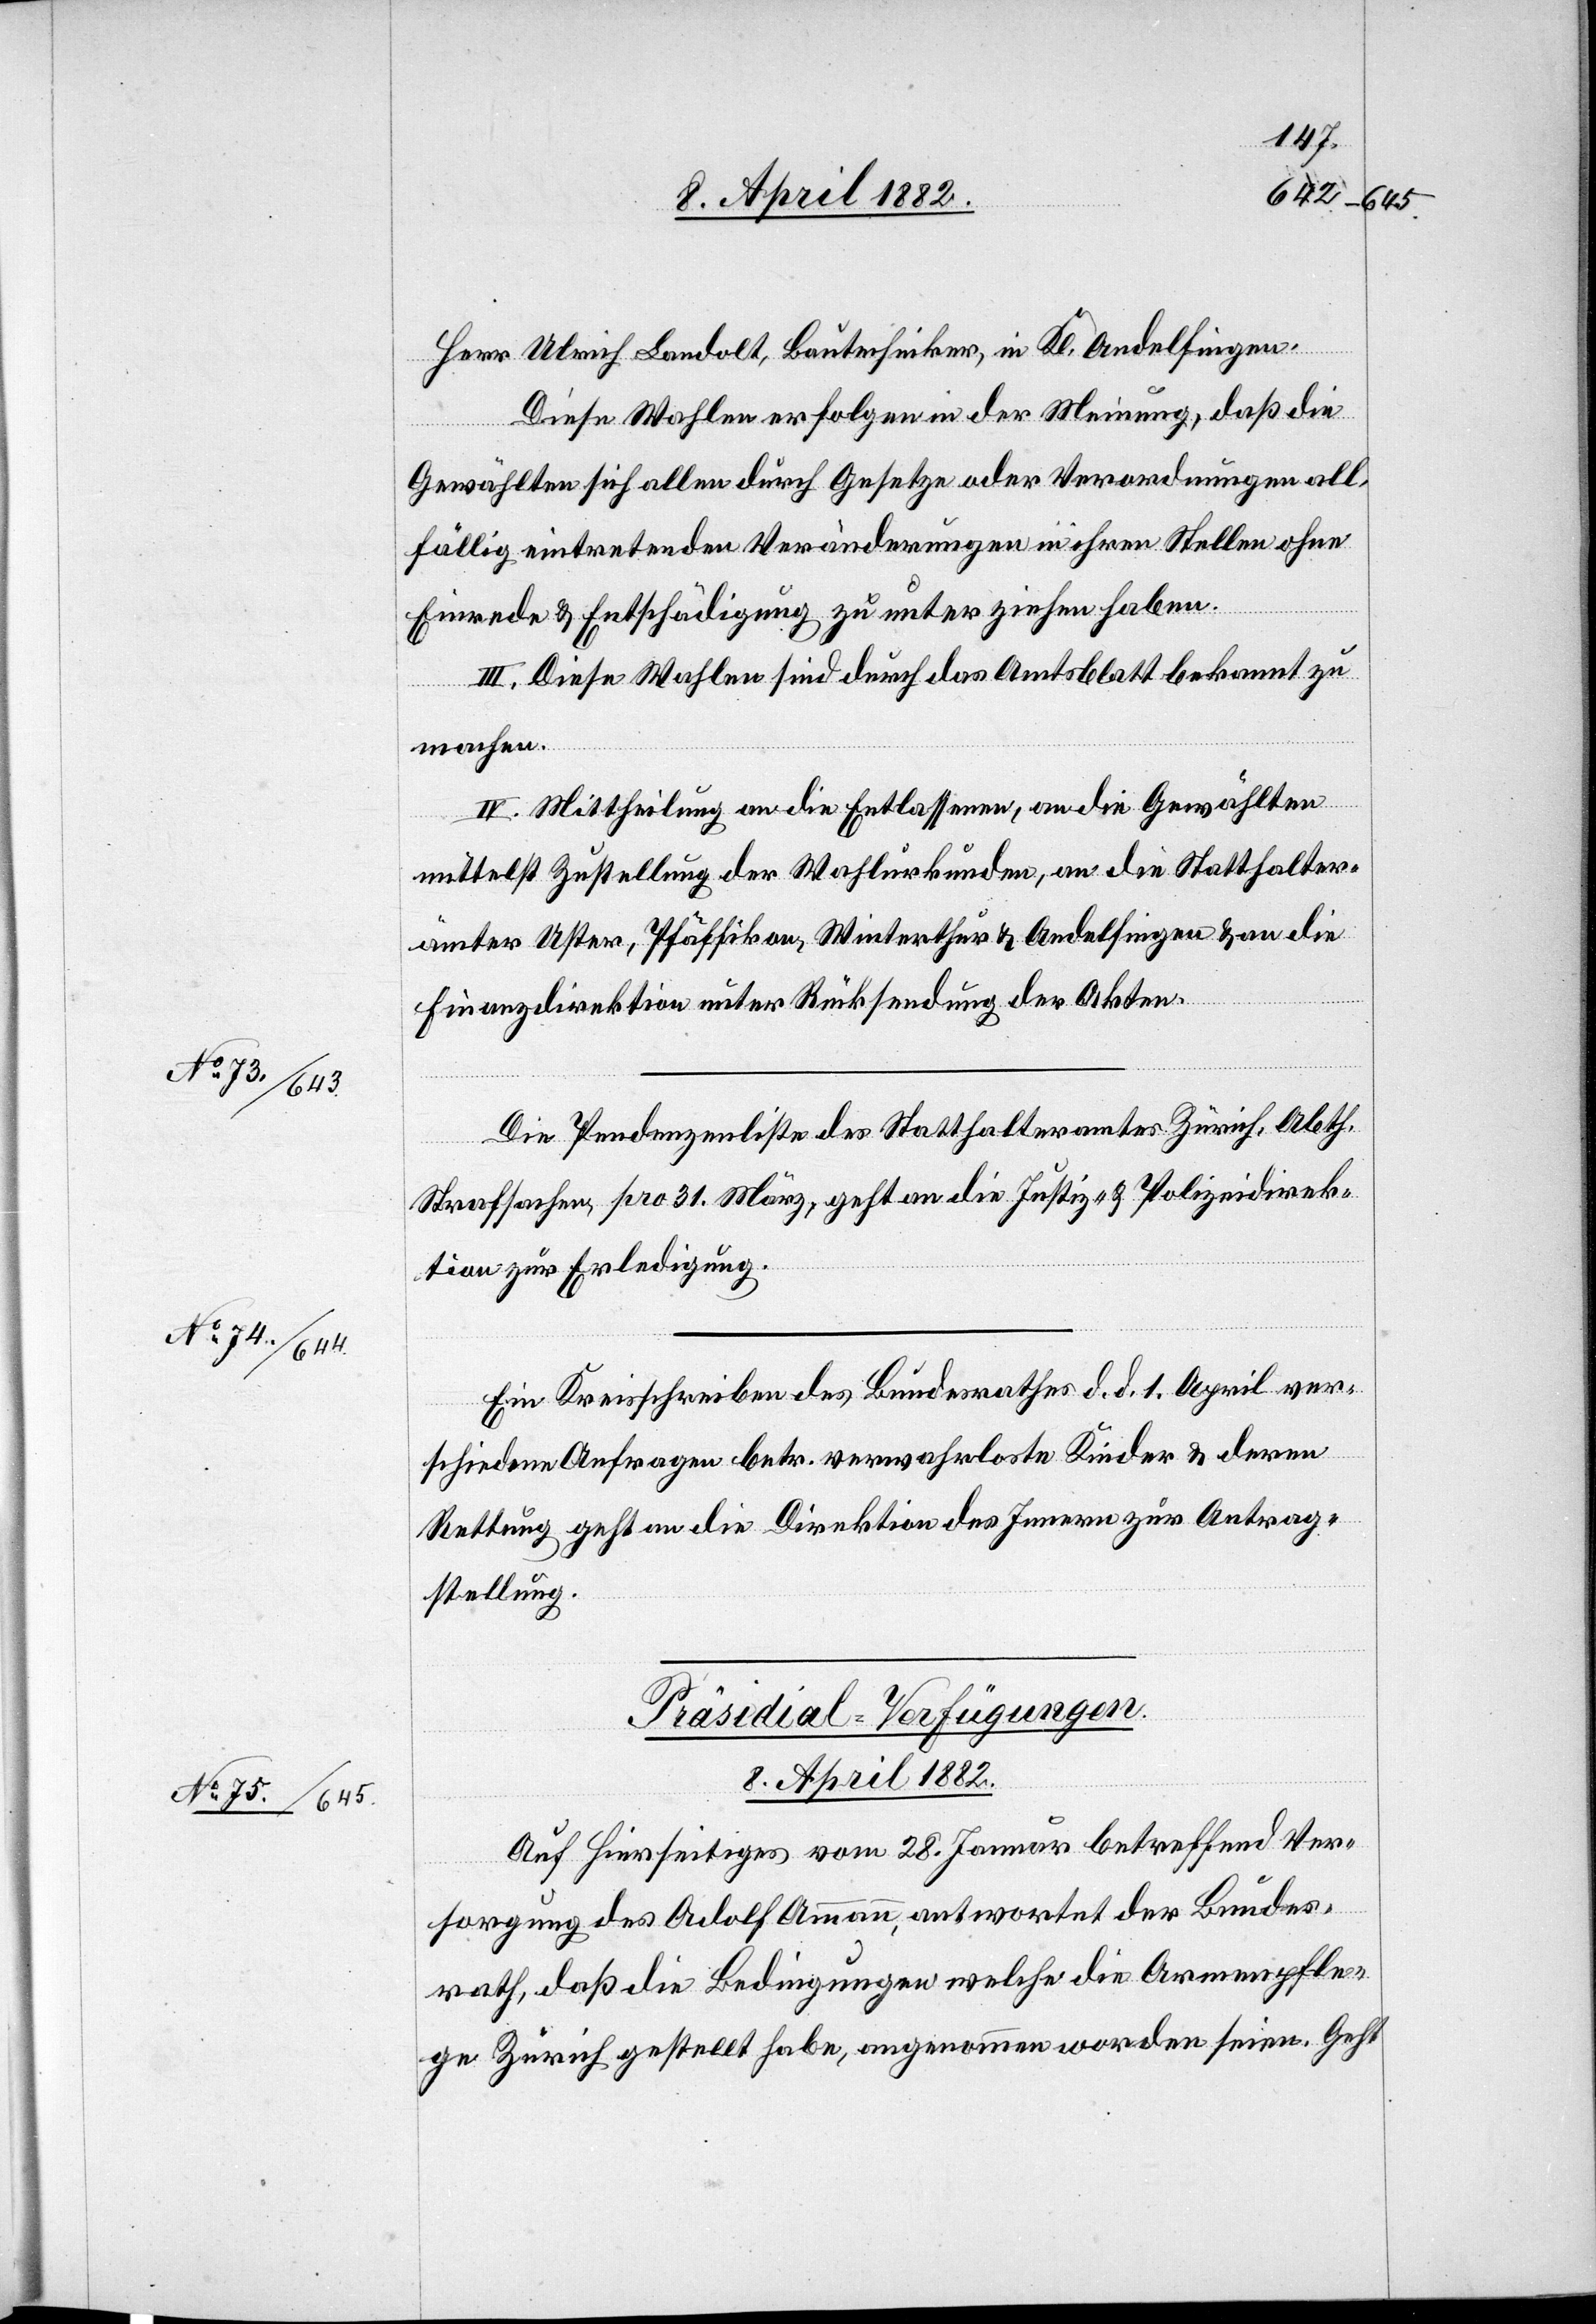
8. April 1882.
Herr Ulrich Landolt, Bautechniker, in Kl. Andelfingen.
Diese Wahlen erfolgen in der Meinung, daß die
Gewählten sich allen durch Gesetze oder Verordnungen all¬
fällig eintretenden Veränderungen in ihren Stellen ohne
Einrede & Entschädigung zu unterziehen haben.
III. Diese Wahlen sind durch das Amtsblatt bekannt zu
machen.
IV. Mittheilung an die Entlassenen, an die Gewählten
mittelst Zustellung der Wahlurkunden, an die Statthalter¬
ämter Uster, Pfäffikon, Winterthur & Andelfingen & an die
Finanzdirektion unter Rücksendung der Akten.
Die Pendenzenliste des Statthalteramtes Zürich, Abth.
Strafsachen, pro 31. März, geht an die Justiz- & Polizeidirek¬
tion zur Erledigung.
Ein Kreisschreiben des Bundesrathes d. d. 1. April ver¬
schiedene Anfragen betr. verwahrloste Kinder & deren
Rettung geht an die Direktion des Innern zur Antrag¬
stellung.
Präsidial-Verfügungen.
Auf Hierseitiges vom 28. Januar betreffend Ver¬
sorgung des Adolf Ammann, antwortet der Bundes¬
rath, daß die Bedingungen welche die Armenpfle¬
ge Zürich gestellt habe, angenommen worden seien. Geht